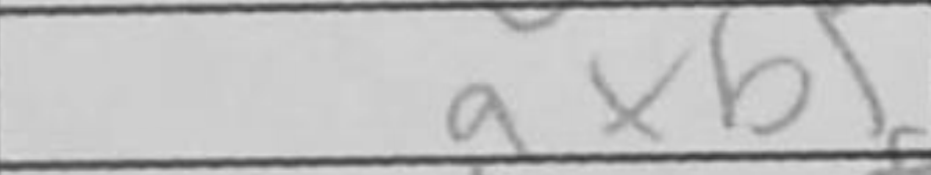
Transcription: axb5